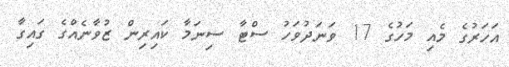
އަހަރުގެ މެއި މަހުގެ 17 ވަނަދުވަހު ސްޓާ ސިނަމާ ކައިރިން ޒުވާނެއްގެ ގައިގާ